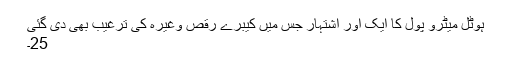
ہوٹل میٹرو پول کا ایک اور اشتہار جس میں کیبرے رقص وغیرہ کی ترغیب بھی دی گئی
25۔